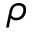
\rho